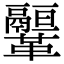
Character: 𩍻